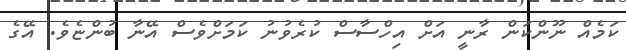
ކަމެއް ނޫންކަން ރާނީ އަށް އިހްސާސް ކުރެވުނު ކަމަށްވެސް އޭނާ ބުންޏެވެ. އޭގެ